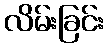
လိမ်းခြင်း